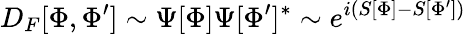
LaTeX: D_{F}[\Phi,\Phi^{\prime}]\sim\Psi[\Phi]\Psi[\Phi^{\prime}]^{*}\sim e^{i(S[\Phi]-S[\Phi^{\prime}])}